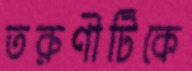
তরুণীটিকে